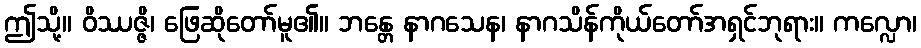
ဤသို့။ ဝိဿဇ္ဇိ၊ ဖြေဆိုတော်မူ၏။ ဘန္တေ နာဂသေန၊ နာဂသိန်ကိုယ်တော်အရှင်ဘုရား။ ကလ္လော၊